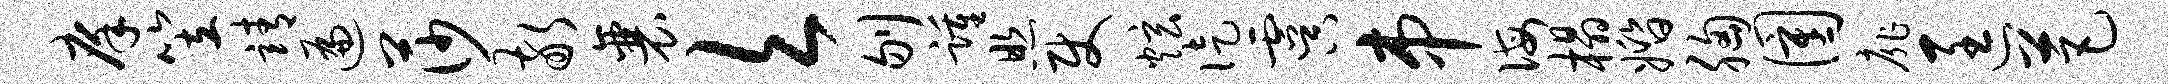
庠笠靖遍莎敬襄欠刎踵照使炫徒虞串诲榻婚胸圉扉匡芭